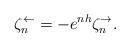
LaTeX: \begin{align*}\zeta_n^\leftarrow = - e^{nh} \zeta_n^\rightarrow.\end{align*}